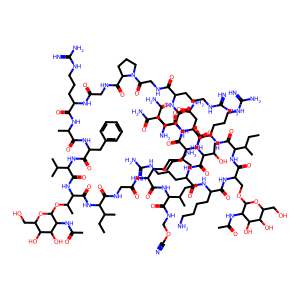
SMILES: CCC(C)C(NC(=O)C(CCCCN)NC(=O)CNC(=O)C(NC(=O)C(NC(=O)C(NC(=O)C(Cc1ccccc1)NC(=O)C(C)NC(=O)C(CCCNC(=N)N)NC(=O)CNC(=O)C1CCCN1C(=O)CNC(=O)C(CCCNC(=N)N)NC(=O)C(CCC(N)=O)NC(=O)C(NC(=O)C(CCCNC(=N)N)NC(=O)C(NC(=O)C(COC1OC(CO)C(O)C(O)C1NC(C)=O)NC(=O)C(CCCCN)NC(=O)C(CCCNC(=N)N)NC(=O)C(NC(=O)C(CC(N)=O)NC(=O)C(N)CC(N)=O)C(C)O)C(C)CC)C(C)CC)C(C)C)C(C)OC1OC(CO)C(O)C(O)C1NC(C)=O)C(C)CC)C(=O)NCOC#N
Inhibits HIV replication: No